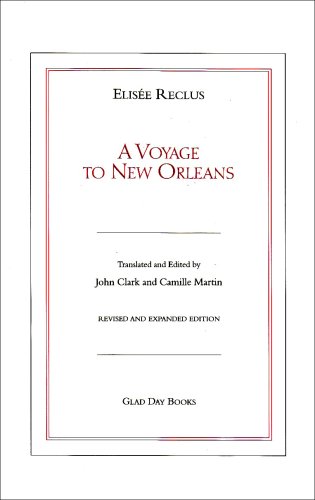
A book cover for A Voyage To New Orleans : Anarchist Impressions of the Old South; Elisee Reclus; Travel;